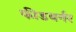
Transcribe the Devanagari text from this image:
फीडबर्नर